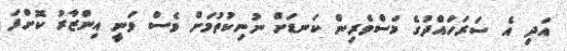
އަދި އެ ސަރަހައްދުގެ މަސްވެރިން ކަނޑަށް ނުނިކުތުމަށް ވެސް ވަނީ އިންޒާރު ކޮށްފަ